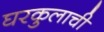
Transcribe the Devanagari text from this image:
घरकुलाची